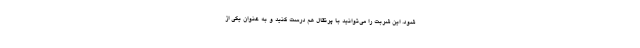
شود. این شربت را می‌توانید با پرتقال هم درست کنید و به عنوان یکی از